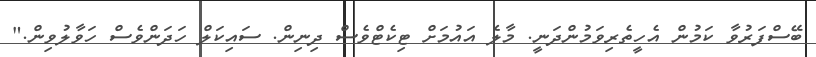
ބޭސްފަރުވާ ކަމުން އެހީތެރިވަމުންދަނީ. މާލެ އައުމަށް ޓިކެޓްވެސް ދިނިން. ސައިކަލް ހަދަންވެސް ހަވާލުވިން."